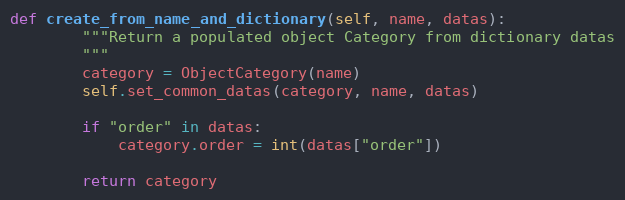
Language: Python
def create_from_name_and_dictionary(self, name, datas):
        """Return a populated object Category from dictionary datas
        """
        category = ObjectCategory(name)
        self.set_common_datas(category, name, datas)

        if "order" in datas:
            category.order = int(datas["order"])

        return category